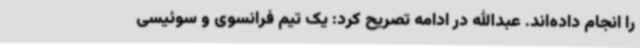
را انجام داده‌اند. عبدالله در ادامه تصریح کرد: یک تیم فرانسوی و سوئیسی